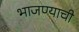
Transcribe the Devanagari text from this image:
भाजण्याची